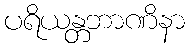
ပရိယန္တဘာဏိနာ